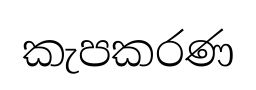
කැපකරණ